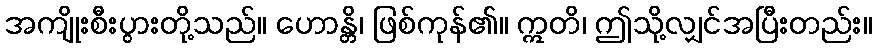
အကျိုးစီးပွားတို့သည်။ ဟောန္တိ၊ ဖြစ်ကုန်၏။ ဣတိ၊ ဤသို့လျှင်အပြီးတည်း။